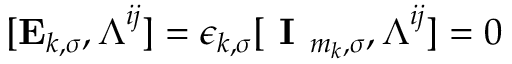
[ \mathbf { E } _ { k , \sigma } , \boldsymbol { \Lambda } ^ { i j } ] = \epsilon _ { k , \sigma } [ \textbf { I } _ { m _ { k } , \sigma } , \boldsymbol { \Lambda } ^ { i j } ] = 0